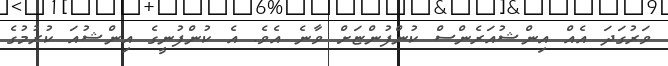
ވަރުގަދަ އެއް އިންޝުއަރެންސް ކުންފުންޏަށް ވާނެ އެވެ. އެ ކުންފުނީގެ އިންޝުއަ ކުރުމުގެ